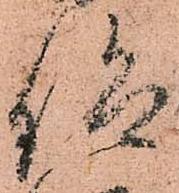
仰